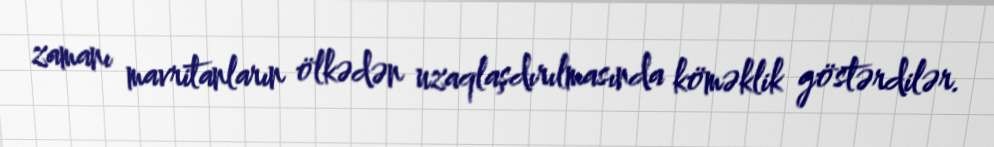
zamanı mavritanların ölkədən uzaqlaşdırılmasında köməklik göstərdilər.